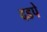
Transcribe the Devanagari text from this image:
दडपे